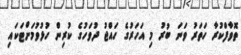
ތޮވާފްކުރާ ހަތަރު ވަނަ ބުރު މި އަހަރުގެ ހައްޖު ދުވަހުގެ ކުރިން ހުޅުވުމަށްޓަކައި